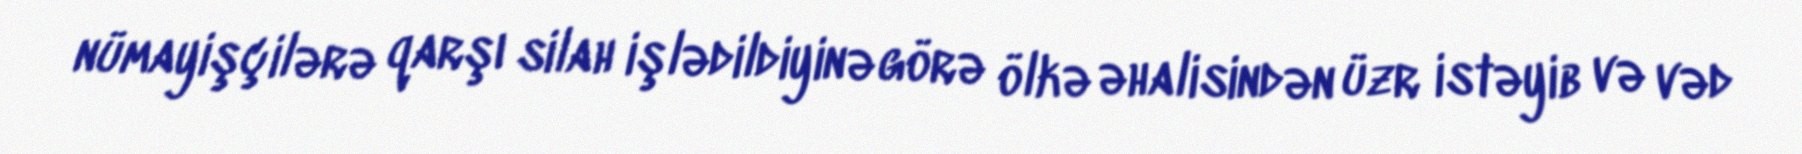
nümayişçilərə qarşı silah işlədildiyinə görə ölkə əhalisindən üzr istəyib və vəd